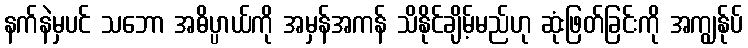
နက်နဲမှပင် သဘော အဓိပ္ပာယ်ကို အမှန်အကန် သိနိုင်ချိမ့်မည်ဟု ဆုံးဖြတ်ခြင်းကို အကျွန်ုပ်